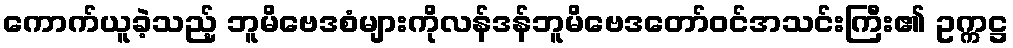
ကောက်ယူခဲ့သည့် ဘူမိဗေဒစံများကိုလန်ဒန်ဘူမိဗေဒတော်ဝင်အသင်းကြီး၏ ဥက္ကဋ္ဌ